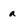
Character: a